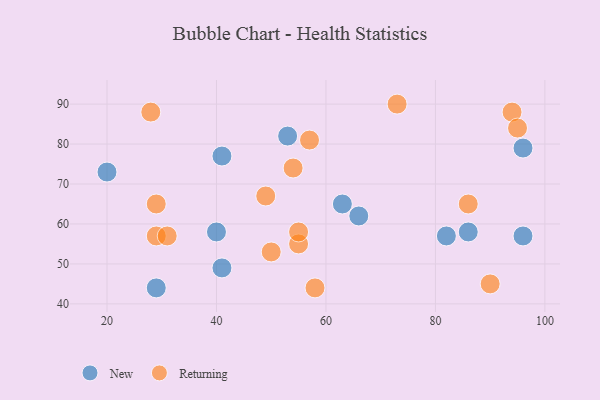
{"axis": {"x": "GDP", "y": "Life Expectancy"}, "legend": ["New", "Returning"], "data": [{"x": "20", "y": 73, "type": "New"}, {"x": "40", "y": 58, "type": "New"}, {"x": "29", "y": 44, "type": "New"}, {"x": "86", "y": 58, "type": "New"}, {"x": "82", "y": 57, "type": "New"}, {"x": "96", "y": 57, "type": "New"}, {"x": "41", "y": 77, "type": "New"}, {"x": "63", "y": 65, "type": "New"}, {"x": "66", "y": 62, "type": "New"}, {"x": "53", "y": 82, "type": "New"}, {"x": "41", "y": 49, "type": "New"}, {"x": "96", "y": 79, "type": "New"}, {"x": "54", "y": 74, "type": "Returning"}, {"x": "58", "y": 44, "type": "Returning"}, {"x": "94", "y": 88, "type": "Returning"}, {"x": "29", "y": 57, "type": "Returning"}, {"x": "29", "y": 65, "type": "Returning"}, {"x": "28", "y": 88, "type": "Returning"}, {"x": "73", "y": 90, "type": "Returning"}, {"x": "55", "y": 55, "type": "Returning"}, {"x": "95", "y": 84, "type": "Returning"}, {"x": "57", "y": 81, "type": "Returning"}, {"x": "90", "y": 45, "type": "Returning"}, {"x": "49", "y": 67, "type": "Returning"}, {"x": "86", "y": 65, "type": "Returning"}, {"x": "55", "y": 58, "type": "Returning"}, {"x": "50", "y": 53, "type": "Returning"}, {"x": "31", "y": 57, "type": "Returning"}]}